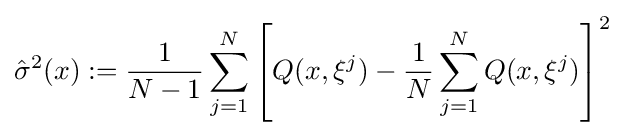
{\hat {\sigma }}^{2}(x):={\frac {1}{N-1}}\sum _{j=1}^{N}\left[Q(x,\xi ^{j})-{\frac {1}{N}}\sum _{j=1}^{N}Q(x,\xi ^{j})\right]^{2}